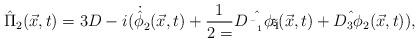
LaTeX: \begin{align*}{\hat{\Pi}}_2 (\vec{x},t)=3D-i({\dot{\hat{\phi}}}_2(\vec{x},t)+\frac{1}{2=} \hat{D_{{\bar{z}}_1}\phi_1}(\vec{x},t)+\hat{D_3\phi_2}(\vec{x},t)),\end{align*}